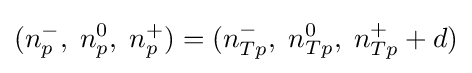
(n_{p}^{-},\;n_{p}^{0},\;n_{p}^{+})=(n_{Tp}^{-},\;n_{Tp}^{0},\;n_{Tp}^{+}+d)